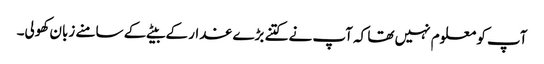
آپ کو معلوم نہیں تھا کہ آپ نے کتنے بڑے غدار کے بیٹے کے سامنے زبان کھولی۔